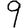
Digit: 9